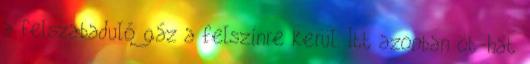
a felszabaduló gáz a felszínre kerül. Itt azonban öt-hat